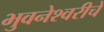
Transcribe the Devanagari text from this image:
भुवनेश्वरीचे